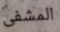
المشفى